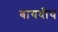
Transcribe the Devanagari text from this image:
बायवीय